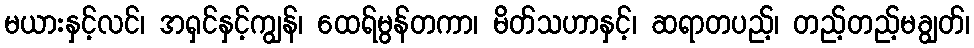
မယားနှင့်လင်၊ အရှင်နှင့်ကျွန်၊ ထေရ်မွန်တကာ၊ မိတ်သဟာနှင့်၊ ဆရာတပည့်၊ တည့်တည့်မချွတ်၊